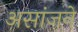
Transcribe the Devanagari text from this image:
असांजने